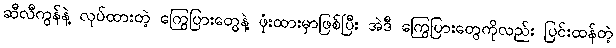
ဆီလီကွန်နဲ့ လုပ်ထားတဲ့ ကြွေပြားတွေနဲ့ ဖုံးထားမှာဖြစ်ပြီး အဲဒီ ကြွေပြားတွေကိုလည်း ပြင်းထန်တဲ့